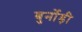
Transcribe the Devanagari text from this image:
बुर्नोड़ी